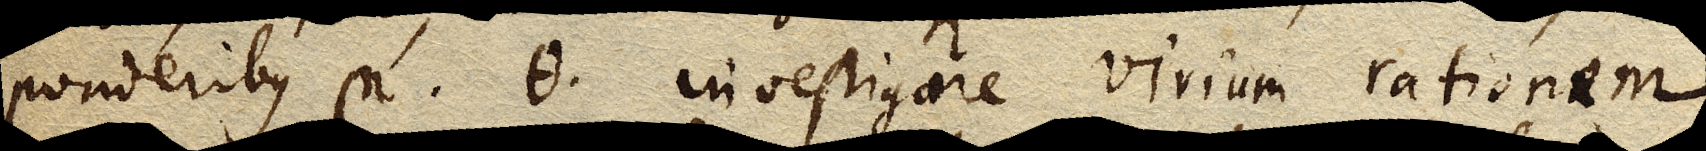
ponderibus η, θ inve- stigare virium rationem,